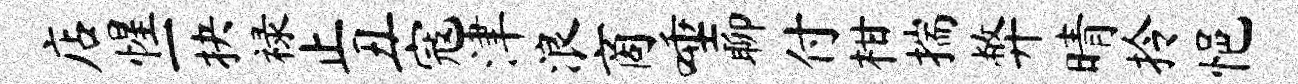
店惺一抉禄止丑寇津浪商唾聊付柑揣弊晴拎悒